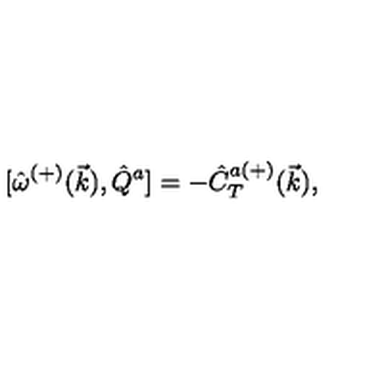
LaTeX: { [ } \hat { \omega } ^ { ( + ) } ( \vec { k } ) , \hat { Q } ^ { a } ] = - \hat { C } _ { T } ^ { a ( + ) } ( \vec { k } ) ,